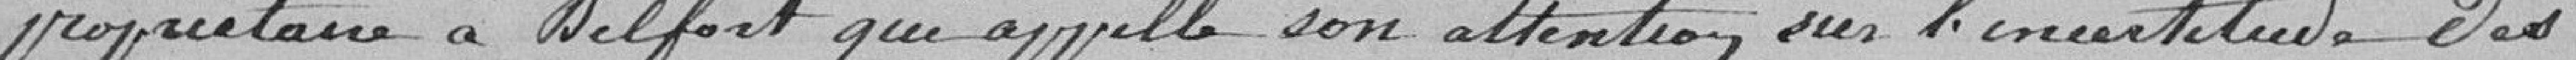
propriétaire à Belfort qui appelle son attention sur l'incertitude des